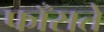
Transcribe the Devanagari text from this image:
फाँसते